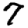
Digit: 7